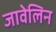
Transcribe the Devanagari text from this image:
जावेलिन